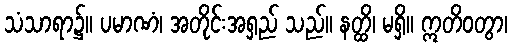
သံသာရာ၌။ ပမာဏံ၊ အတိုင်းအရှည် သည်။ နတ္ထိ၊ မရှိ။ ဣတိဝတွာ၊